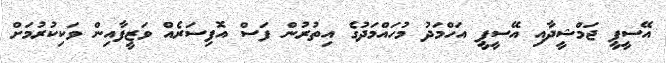
އޭސީޕީ ޖަމްޝީދާއި އޭސީޕީ އަހްމަދު މުހައްމަދުގެ އިތުރުން ފަސް އޮފިސަރެއް ވަޒީފާއިން ވަކިކުރުމަށް